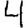
Digit: 4